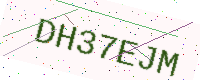
Text: DH37EJM